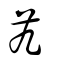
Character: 艽